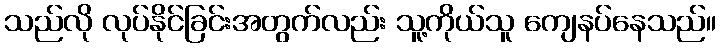
သည်လို လုပ်နိုင်ခြင်းအတွက်လည်း သူ့ကိုယ်သူ ကျေနပ်နေသည်။